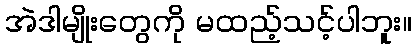
အဲဒါမျိုးတွေကို မထည့်သင့်ပါဘူး။